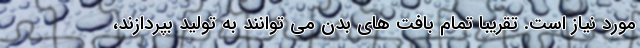
مورد نیاز است. تقریبا تمام بافت های بدن می توانند به تولید بپردازند،